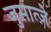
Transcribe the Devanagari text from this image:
जुसात्ज़े